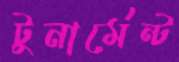
টুনার্মেন্ট